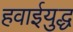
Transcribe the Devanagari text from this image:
हवाईयुद्ध